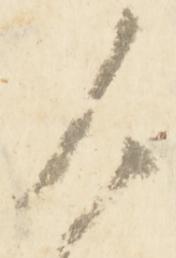
候